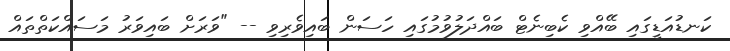
ކަނޑުއަޑީގައި ބޭއްވި ކެބިނެޓް ބައްދަލުވުމުގައި ހަސަން ބައިވެރިވި -- "ވަރަށް ބައިވަރު މަސައްކަތްތައް